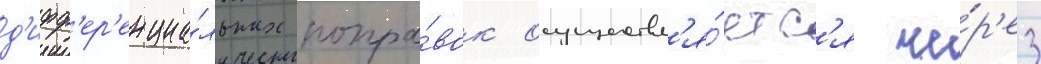
д'ифф'ер'енциа́льных попра́вок осуществл'я́етс'я че́р'ез